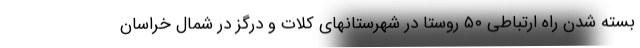
بسته شدن راه ارتباطی ۵۰ روستا در شهرستانهای کلات و درگز در شمال خراسان